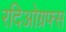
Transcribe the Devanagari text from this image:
रदिओग्रफ्स